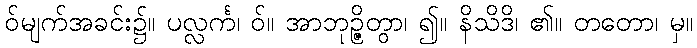
ဝ်မျက်အခင်း၌။ ပလ္လင်္က၊ ဝ်။ အာဘုဉ္ဇိတွာ၊ ၍။ နိသိဒိ၊ ၏။ တတော၊ မှ။